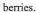
berries.